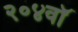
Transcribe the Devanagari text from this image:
२०४वॉ